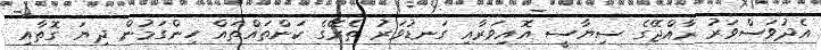
އެދުވަސްވަރު ރާއްޖޭގެ ސިޔާސީ އޮއިވަރާއި ގަނޑުވަރު ތެރޭގެ ކަންތައްތައް ހިންގަމުން ދިޔަ ގޮތާއި